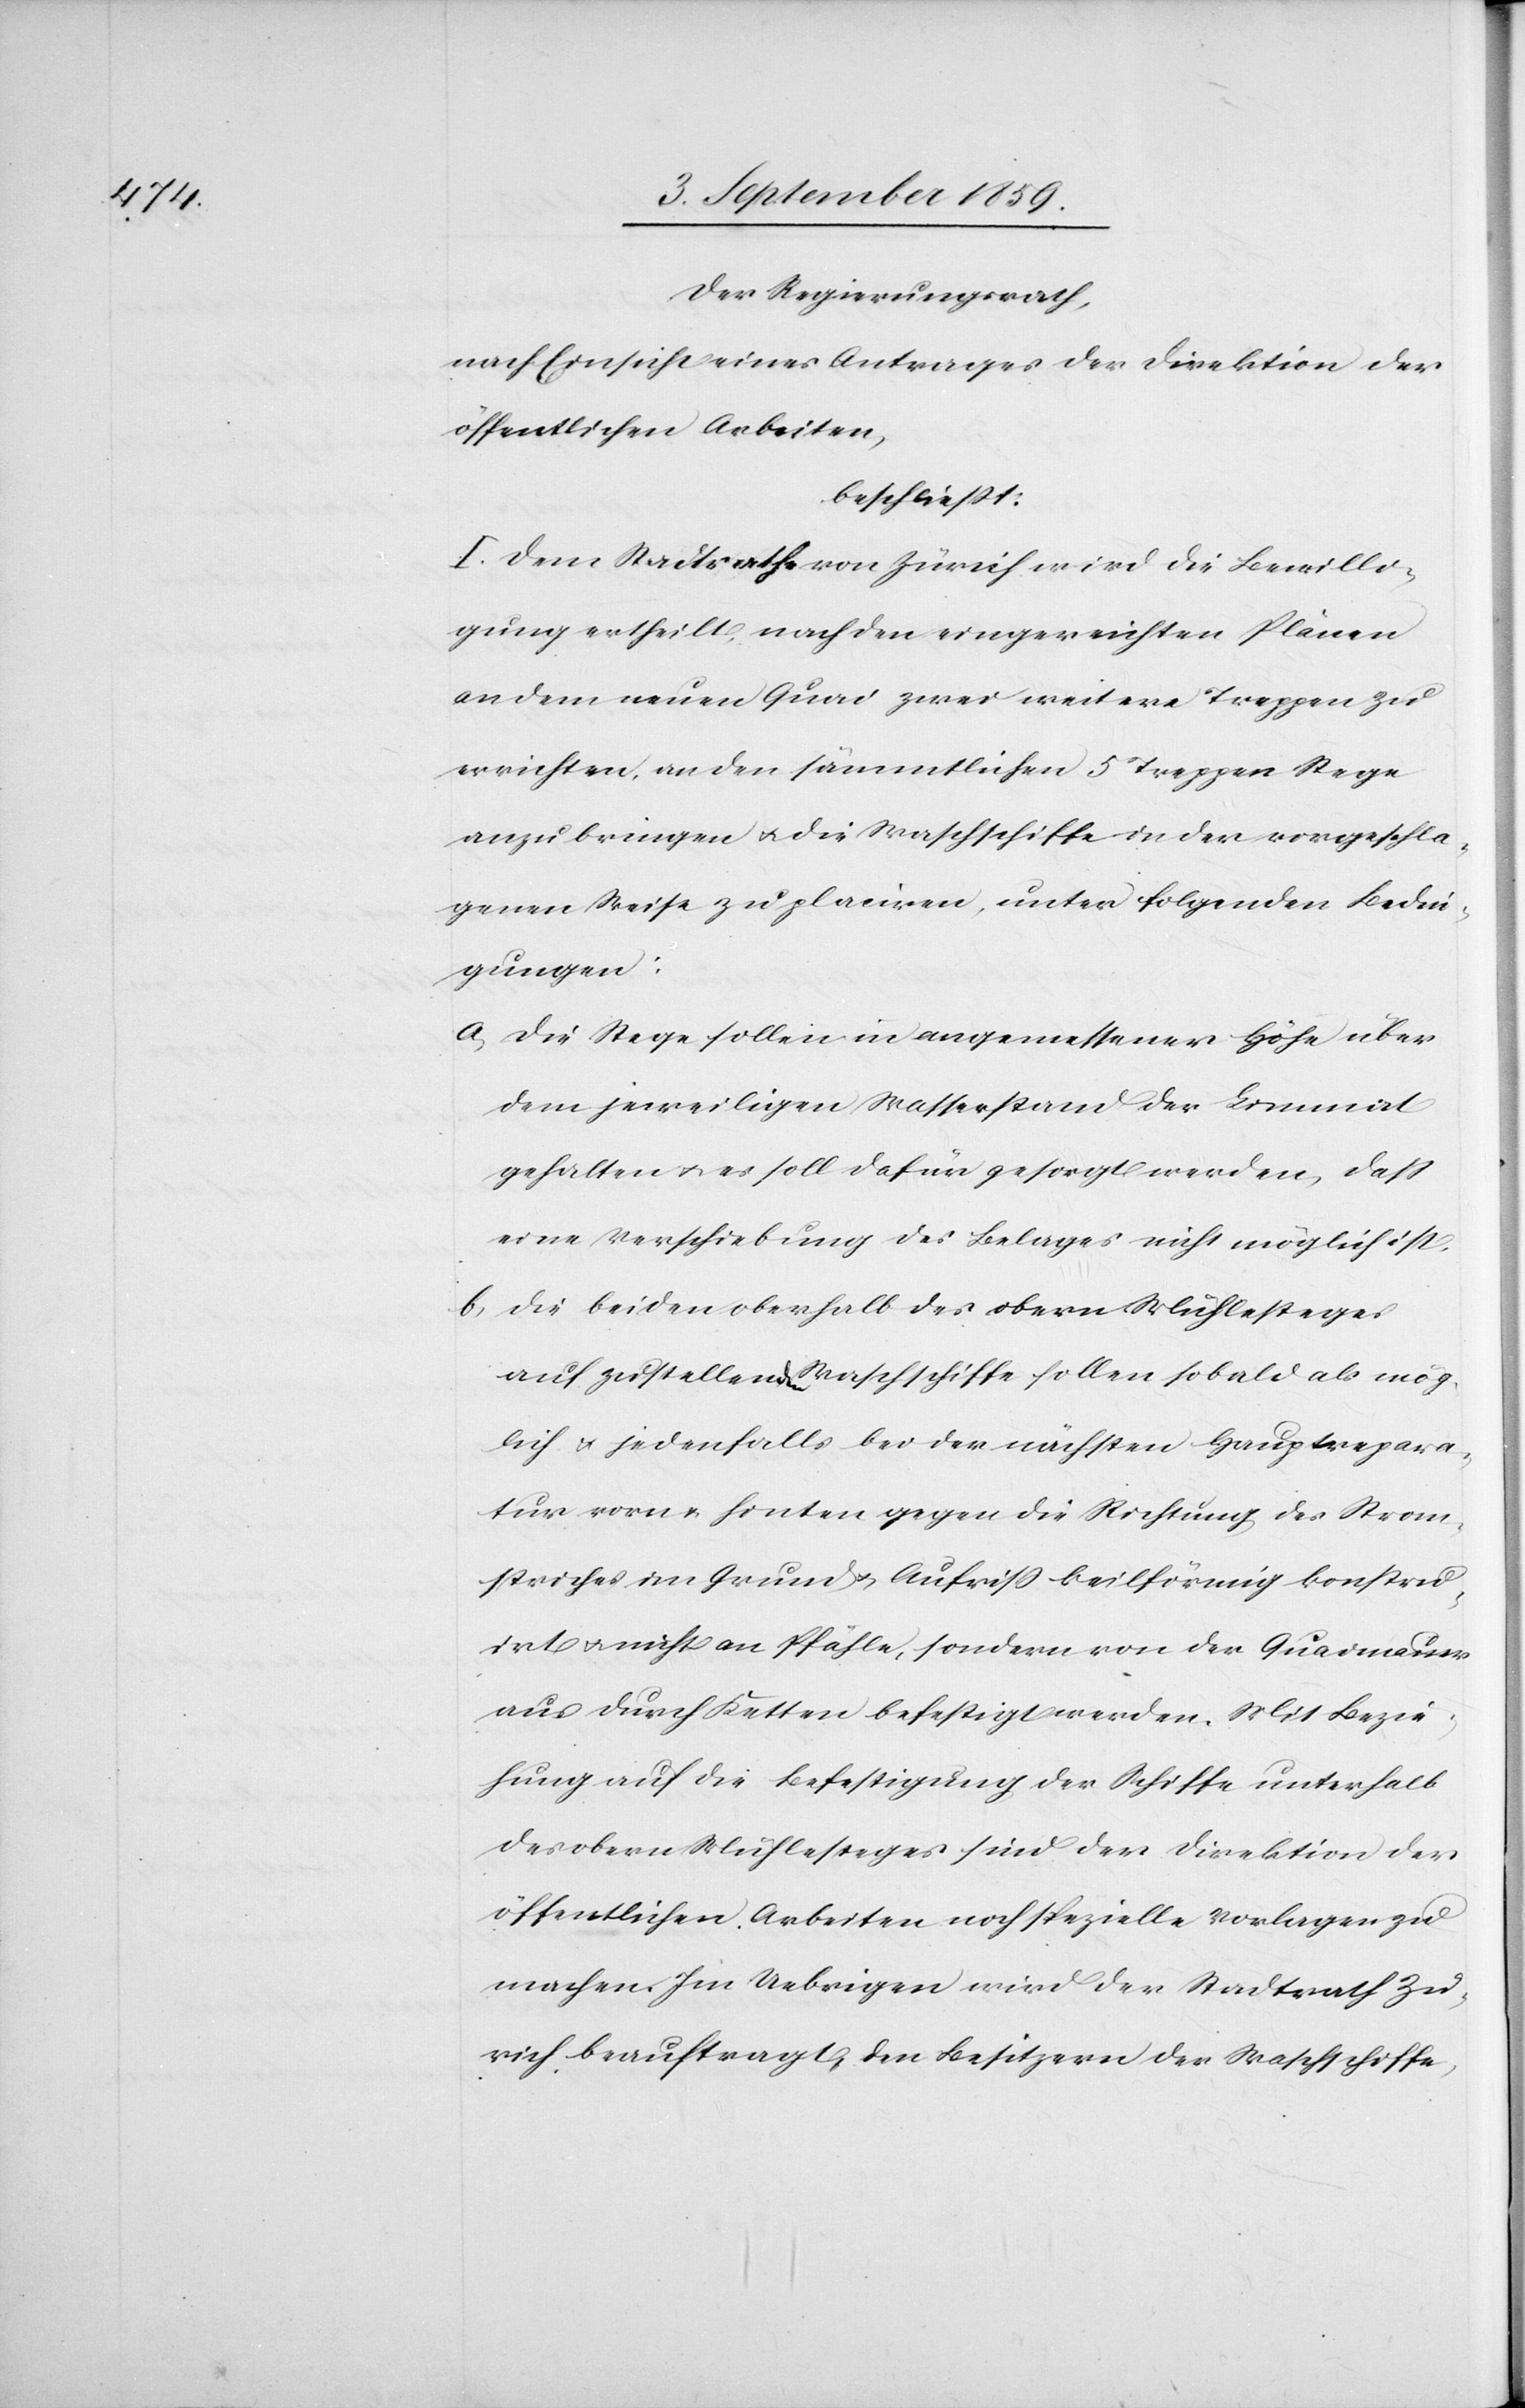
rich

Der Regierungsrath,
nach Einsicht eines Antrages der Direktion der
öffentlichen Arbeiten,
beschließt:
I. Dem Stadtrathe von Zürich wird die Bewilli¬
gung ertheilt, nach den eingereichten Plänen
an dem neuen Quai zwei weitere Treppen zu
errichten, an den sämmtlichen 5 Treppen Stege
anzubringen & die Waschschiffe in der vorgeschla¬
genen Weise zu placiren, unter folgenden Bedin¬
gungen:
a) Die Stege sollen in angemessener Höhe über
dem jeweiligen Wasserstand der Limmat
gehalten & es soll dafür gesorgt werden, daß
eine Verschiebung des Belages nicht möglich ist.
b) Die beiden oberhalb des obern Mühlesteges
auf zustellenden Waschschiffe sollen sobald als mög¬
lich & jedenfalls bei der nächsten Hauptrepara¬
tur vorn & hinten gegen die Richtung des Strom¬
striches im Grund & Aufriß beilförmig konstru¬
irt & nicht an Pfähle, sondern von der Quaimauer
aus durch Ketten befestigt werden. Mit Bezie¬
hung auf die Befestigung der Schiffe unterhalb
des obern Mühlesteges sind der Direktion der
öffentlichen Arbeiten noch spezielle Vorlagen zu
machen. Im Uebrigen wird der Stadtrath Zu¬
[sic!] beauftragt, den Besitzern der Waschschiffe,